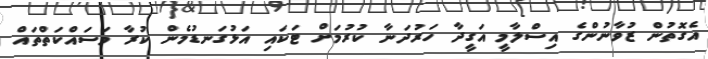
އެގޮތުން ޒުވާނުންގެ އިސްލާމީ އަގީދާ ހަރުދަނާ ކުރުމަށް ޓަކައި އަޅުގަނޑުމެން ކުރާ މަސައްކަތްތައް